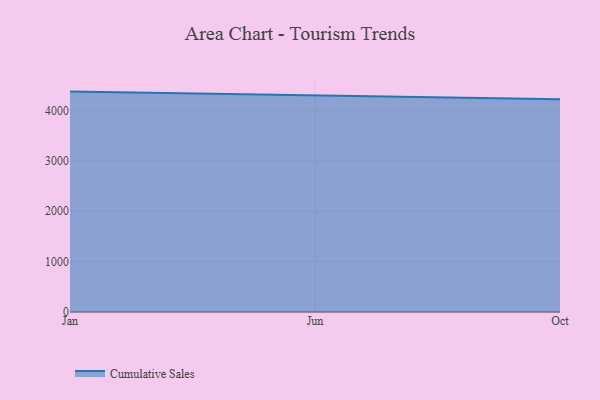
{"axis": {"x": "Month", "y": "Net Income (USD K)"}, "legend": ["Cumulative Sales"], "data": [{"x": "Jan", "y": 4373.9, "type": "Cumulative Sales"}, {"x": "Jun", "y": 4291.0, "type": "Cumulative Sales"}, {"x": "Oct", "y": 4222.9, "type": "Cumulative Sales"}]}